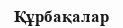
Құрбақалар